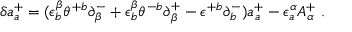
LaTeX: \delta a _ { a } ^ { + } = ( \epsilon _ { b } ^ { \beta } \theta ^ { + b } \partial _ { \beta } ^ { - } + \epsilon _ { b } ^ { \beta } \theta ^ { - b } \partial _ { \beta } ^ { + } - \epsilon ^ { + b } \partial _ { b } ^ { - } ) a _ { a } ^ { + } - \epsilon _ { a } ^ { \alpha } A _ { \alpha } ^ { + } \ .